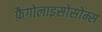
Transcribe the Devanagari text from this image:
फ़ैगोलाइसोसोम्स